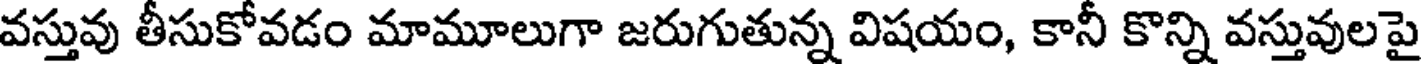
వస్తువు తీసుకోవడం మామూలుగా జరుగుతున్న విషయం, కానీ కొన్ని వస్తువులపై